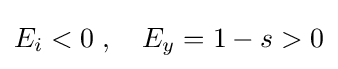
E_{i}<0\;,\quad E_{y}=1-s>0